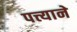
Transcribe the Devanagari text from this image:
पत्त्याने